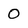
Character: 0